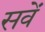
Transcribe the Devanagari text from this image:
सवें